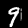
Digit: 9